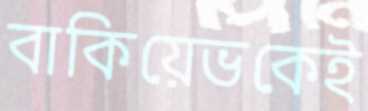
বাকিয়েভকেই